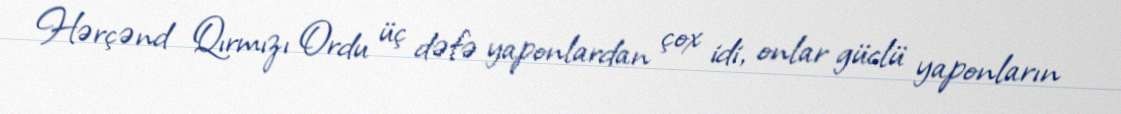
Hərçənd Qırmızı Ordu üç dəfə yaponlardan çox idi, onlar güclü yaponların